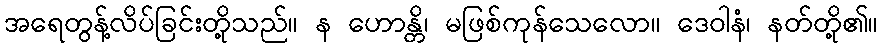
အရေတွန့်လိပ်ခြင်းတို့သည်။ န ဟောန္တိ၊ မဖြစ်ကုန်သေလော။ ဒေဝါနံ၊ နတ်တို့၏။